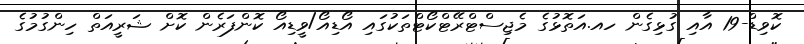
ކޮވިޑް-19 އާއި ގުޅިގެން ހއ.އަތޮޅުގެ މެޖިސްޓްރޭޓްކޯޓްތަކުގައި އޯޑިއޯ/ވީޑިއޯ ކޮންފަރެން ކޮށް ޝަރީއަތް ހިންގުމުގެ